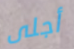
أجلى